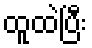
ထူထဲပြီး